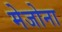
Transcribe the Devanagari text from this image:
मेजोना